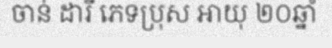
ចាន់ ដារី ភេទប្រុស អាយុ ២០ឆ្នាំ